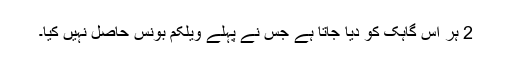
2 ہر اس گاہک کو دیا جاتا ہے جس نے پہلے ویلکم بونس حاصل نہیں کیا۔